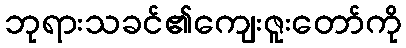
ဘုရားသခင်၏ကျေးဇူးတော်ကို